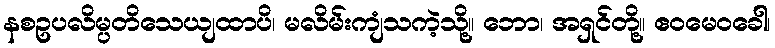
နစဥပလိမ္ပတိသေယျထာပိ၊ မလိမ်းကျံသကဲ့သို့။ ဘော၊ အရှင်တို့။ ဧဝမေဝခေါ၊